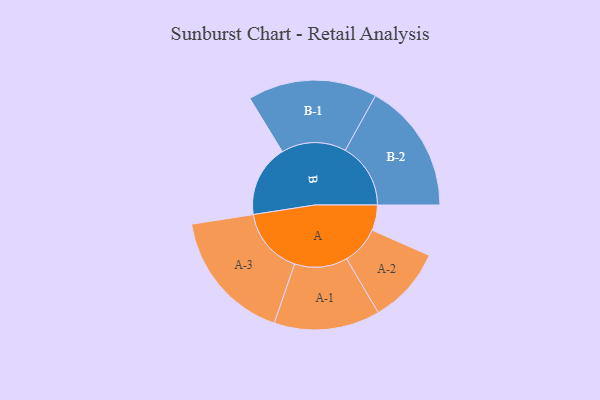
{"axis": {"x": "Segment", "y": "Value"}, "legend": ["", "A", "B"], "data": [{"x": "A", "y": 109, "type": ""}, {"x": "B", "y": 309, "type": ""}, {"x": "A-1", "y": 227, "type": "A"}, {"x": "A-2", "y": 164, "type": "A"}, {"x": "A-3", "y": 285, "type": "A"}, {"x": "B-1", "y": 277, "type": "B"}, {"x": "B-2", "y": 280, "type": "B"}]}